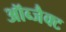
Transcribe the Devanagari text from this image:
ऑब्जैक्ट